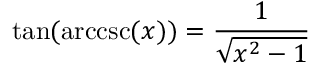
\tan ( \operatorname { a r c c s c } ( x ) ) = { \frac { 1 } { \sqrt { x ^ { 2 } - 1 } } }